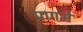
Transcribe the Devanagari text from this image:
प्रणमे